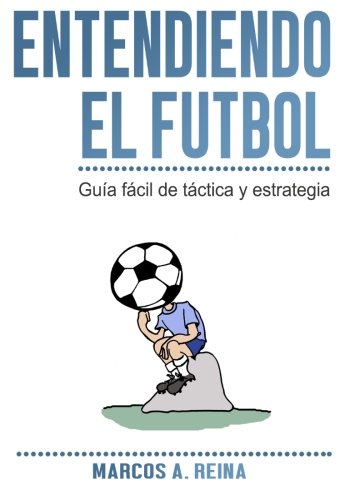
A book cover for Entendiendo el FÃºtbol: GuÃ­a fÃ¡cil de tÃ¡ctica y estrategia (Spanish Edition); Marcos A. Reina; Sports & Outdoors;